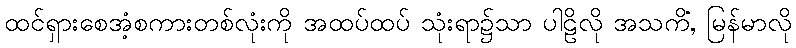
ထင်ရှားစေအံ့စကားတစ်လုံးကို အထပ်ထပ် သုံးရာ၌သာ ပါဠိလို အသကိံ, မြန်မာလို